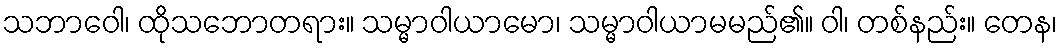
သဘာဝေါ၊ ထိုသဘောတရား။ သမ္မာဝါယာမော၊ သမ္မာဝါယာမမည်၏။ ဝါ၊ တစ်နည်း။ တေန၊